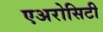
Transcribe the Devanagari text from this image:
एअरोसिटी